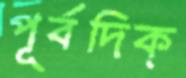
পূর্বদিক্‌